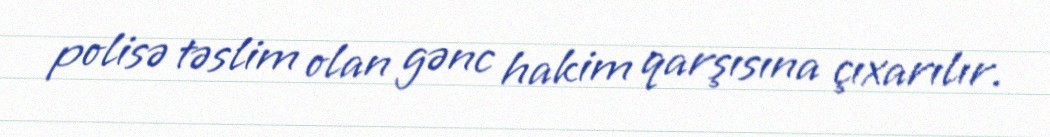
polisə təslim olan gənc hakim qarşısına çıxarılır.